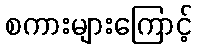
စကားများကြောင့်